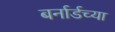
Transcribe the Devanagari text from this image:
बर्नार्डच्या